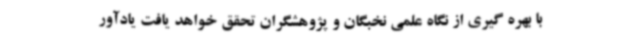
با بهره گیری از نگاه علمی نخبگان و پژوهشگران تحقق خواهد یافت یادآور